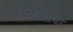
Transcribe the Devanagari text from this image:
थेरीवादाचा